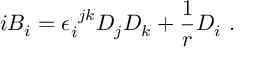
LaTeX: i B _ { i } = \epsilon _ { i } ^ { ~ j k } D _ { j } D _ { k } + \frac { 1 } { r } D _ { i } ~ .